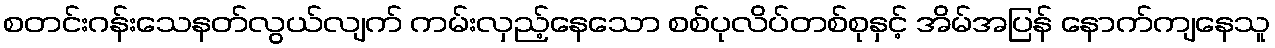
စတင်းဂန်းသေနတ်လွယ်လျက် ကမ်းလှည့်နေသော စစ်ပုလိပ်တစ်စုနှင့် အိမ်အပြန် နောက်ကျနေသူ